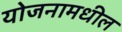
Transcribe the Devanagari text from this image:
योजनामधील